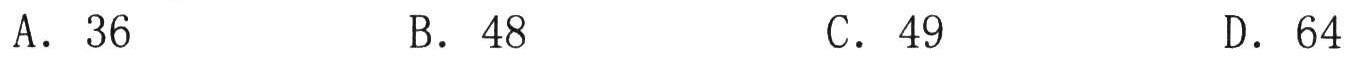
A．36
B．48
C．49
D．64